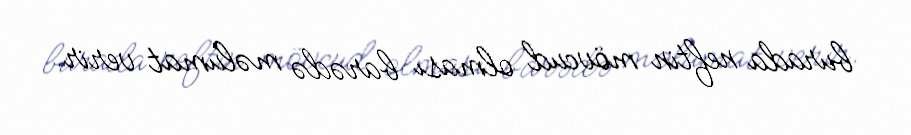
burada neftin mövcud olması barədə məlumat verir.